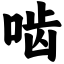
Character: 啮